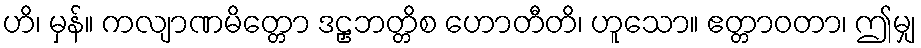
ဟိ၊ မှန်။ ကလျာဏမိတ္တော ဒဠှဘတ္တိစ ဟောတီတိ၊ ဟူသော။ ဧတ္တာဝတာ၊ ဤမျှ